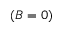
( B = 0 )